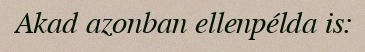
Akad azonban ellenpélda is: